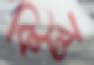
কিট্স